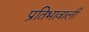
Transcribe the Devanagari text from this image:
प्रतिभावाली